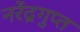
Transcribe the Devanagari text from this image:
नरेंद्रगुप्त